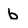
Character: b